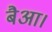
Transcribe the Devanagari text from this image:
बैआ।